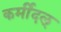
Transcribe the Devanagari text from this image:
कर्मीदल्